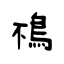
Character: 鴀